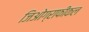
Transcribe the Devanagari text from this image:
जिओग्राफीकल